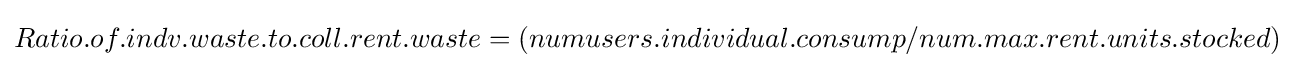
Ratio.of.indv.waste.to.coll.rent.waste=(numusers.individual.consump/num.max.rent.units.stocked)